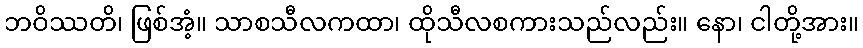
ဘဝိဿတိ၊ ဖြစ်အံ့။ သာစသီလကထာ၊ ထိုသီလစကားသည်လည်း။ နော၊ ငါတို့အား။